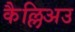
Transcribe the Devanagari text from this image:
कैल्लिअउ